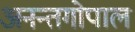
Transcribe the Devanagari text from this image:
अनन्तगोपाल